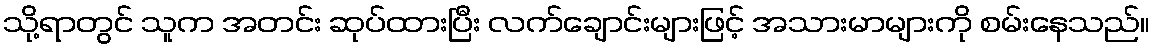
သို့ရာတွင် သူက အတင်း ဆုပ်ထားပြီး လက်ချောင်းများဖြင့် အသားမာများကို စမ်းနေသည်။